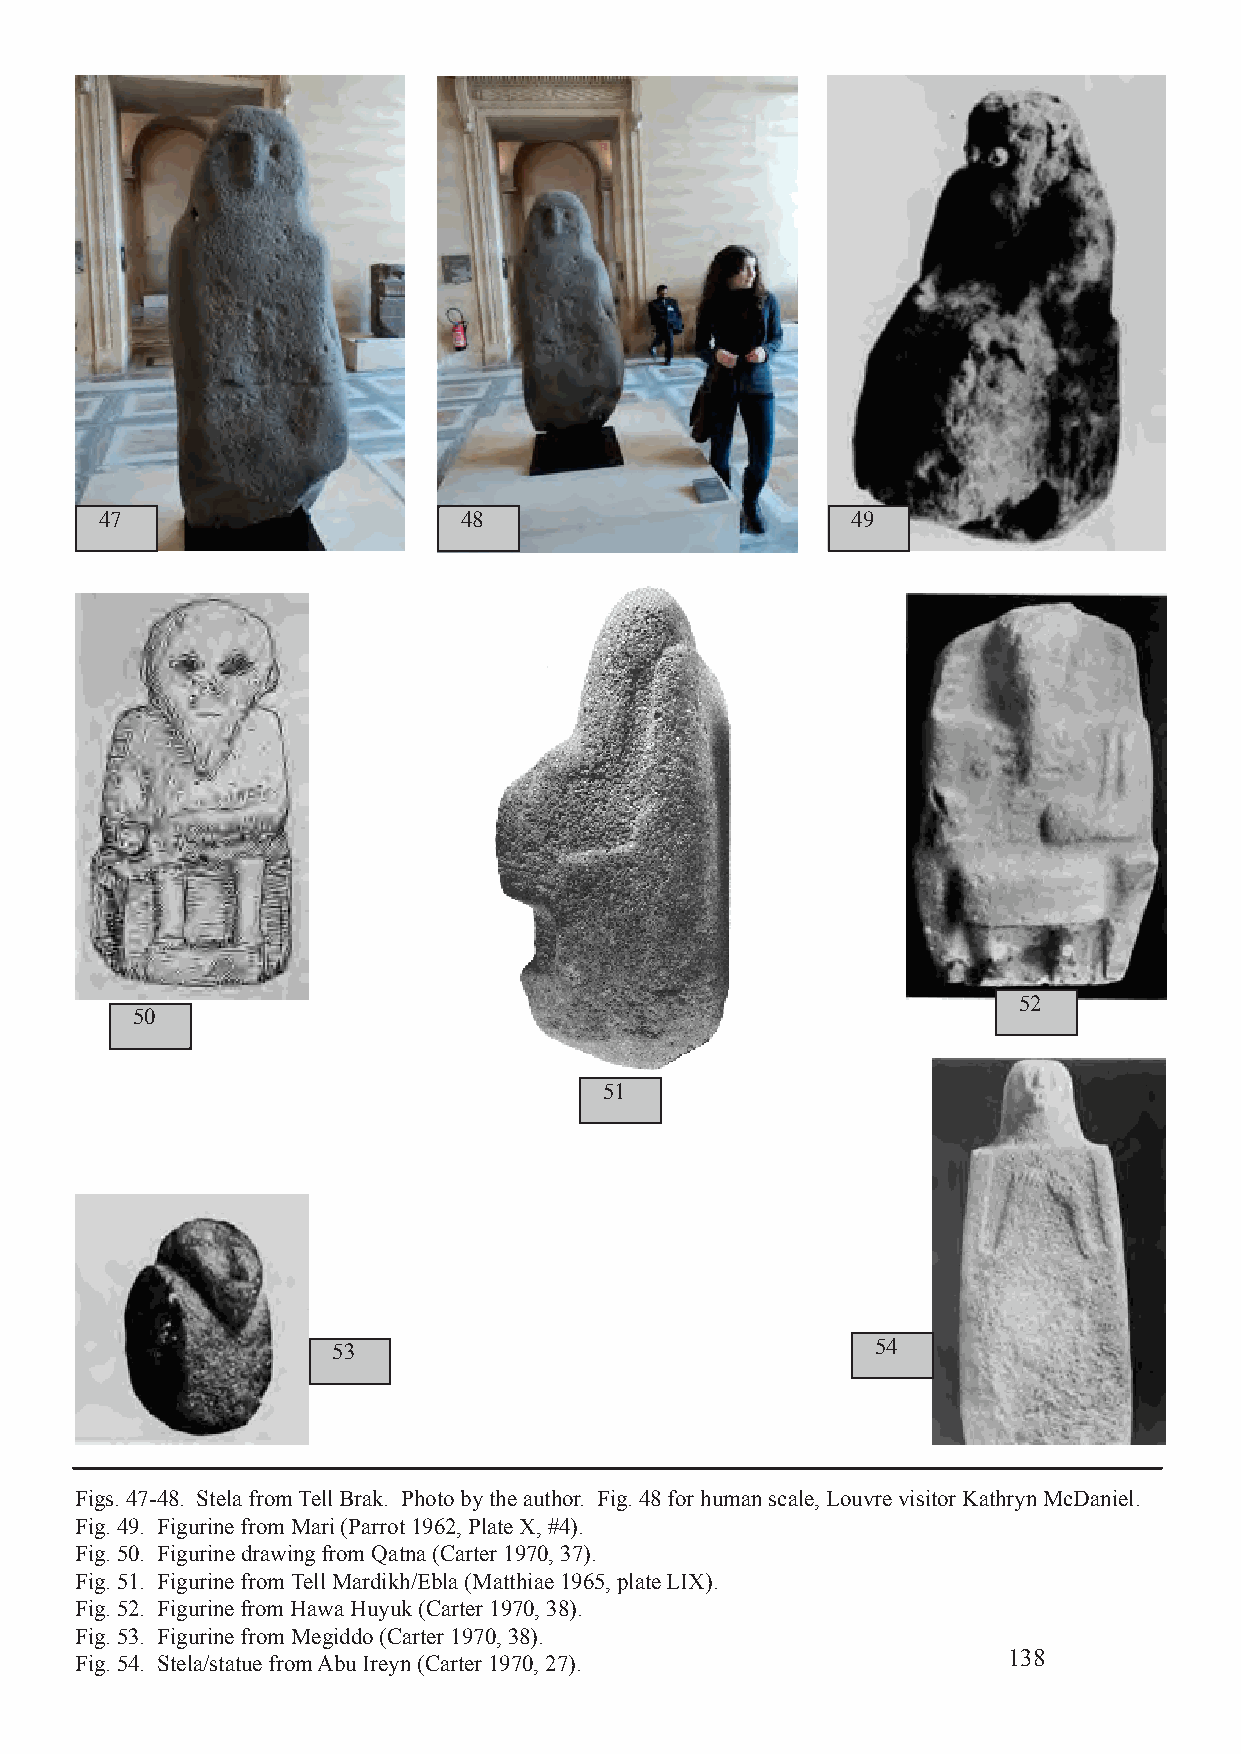
47                      48                       49
 52
 50
 51
 53                                  54
 Figs. 47-48. Stela from Tell Brak. Photo by the author. Fig. 48 for human scale, Louvre visitor Kathryn McDaniel.
 Fig. 49. Figurine from Mari (Parrot 1962, Plate X, #4).
 Fig. 50. Figurine drawing from Qatna (Carter 1970, 37).
 Fig. 51. Figurine from Tell Mardikh/Ebla (Matthiae 1965, plate LIX).
 Fig. 52. Figurine from Hawa Huyuk (Carter 1970, 38).
 Fig. 53. Figurine from Megiddo (Carter 1970, 38).
 138
 Fig. 54. Stela/statue from Abu Ireyn (Carter 1970, 27).